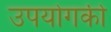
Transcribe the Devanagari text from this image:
उपयोगकी